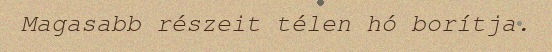
Magasabb részeit télen hó borítja.